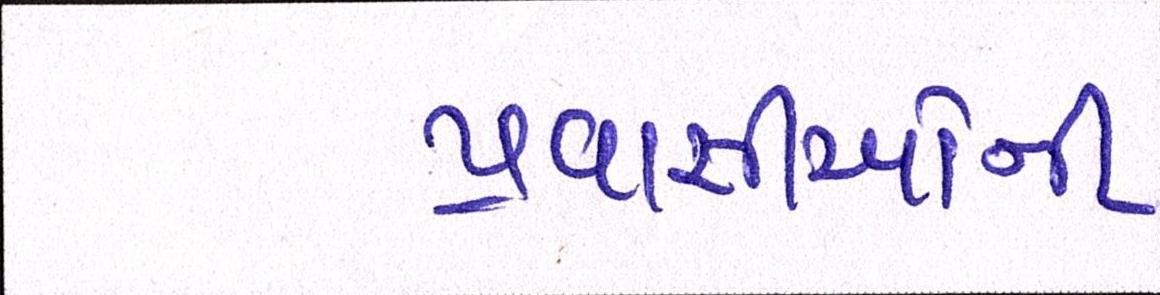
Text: પ્રવાસીઓની